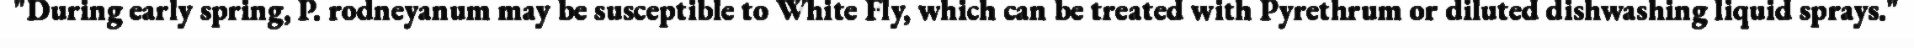
"During early spring, P. rodneyanum may be susceptible to White Fly, which can be treated with Pyrethrum or diluted dishwashing liquid sprays."